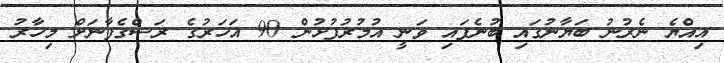
އިއްޔެ ނެރުނު ބަޔާނުގައި ބުނެފައި ވަނީ އުމުރުފުޅުން 90 އަހަރުގެ ރަސްގެފާނަށް މިހާރު